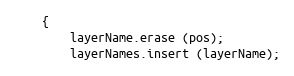
Language: C++
	{
	    layerName.erase (pos);
	    layerNames.insert (layerName);